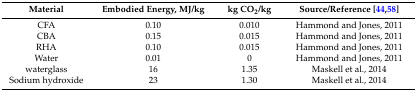
<table><thead><tr><td><b>Material</b></td><td><b>Embodied Energy, MJ/kg</b></td><td><b>kg CO<sub>2</sub>/kg</b></td><td><b>Source/Reference [44,58]</b></td></tr></thead><tbody><tr><td>CFA</td><td>0.10</td><td>0.010</td><td>Hammond and Jones, 2011</td></tr><tr><td>CBA</td><td>0.15</td><td>0.015</td><td>Hammond and Jones, 2011</td></tr><tr><td>RHA</td><td>0.10</td><td>0.015</td><td>Hammond and Jones, 2011</td></tr><tr><td>Water</td><td>0.01</td><td>0</td><td>Hammond and Jones, 2011</td></tr><tr><td>waterglass </td><td>16</td><td>1.35</td><td>Maskell et al., 2014</td></tr><tr><td>Sodium hydroxide</td><td>23</td><td>1.30</td><td>Maskell et al., 2014</td></tr></tbody></table>